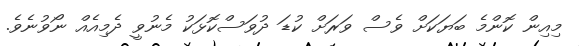
މިއިން ކޮންމެ ބަޔަކަށް ވެސް ވަރަށް ކުޑަ ދުވަސްކޮޅަކު މެނުވީ ދެމިއެއް ނޯވުނެވެ.